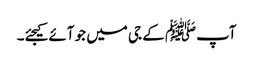
آپﷺ کے جی میں جو آئے کیجئے۔